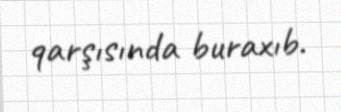
qarşısında buraxıb.